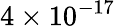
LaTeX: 4\times 10^{-17}